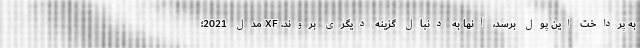
به پرداخت این پول برسد، آنها به دنبال گزینه دیگری بروند. XF مدل 2021؛